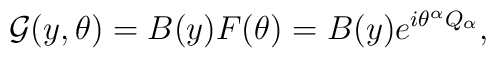
{\cal G}(y,\theta)=B(y)F(\theta)=B(y)e^{i\theta^\alpha Q_\alpha},